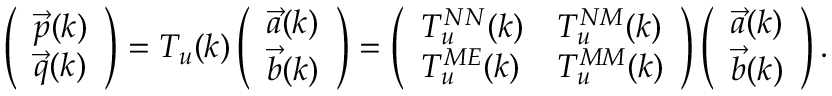
\begin{array} { r } { \left( \begin{array} { l } { \vec { p } ( k ) } \\ { \vec { q } ( k ) } \end{array} \right) = T _ { u } ( k ) \left( \begin{array} { l } { \vec { a } ( k ) } \\ { \vec { b } ( k ) } \end{array} \right) = \left( \begin{array} { l l } { T _ { u } ^ { N N } ( k ) } & { T _ { u } ^ { N M } ( k ) } \\ { T _ { u } ^ { M E } ( k ) } & { T _ { u } ^ { M M } ( k ) } \end{array} \right) \left( \begin{array} { l } { \vec { a } ( k ) } \\ { \vec { b } ( k ) } \end{array} \right) . } \end{array}